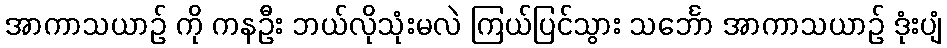
အာကာသယာဉ် ကို ကနဦး ဘယ်လိုသုံးမလဲ ကြယ်ပြင်သွား သင်္ဘော အာကာသယာဉ် ဒုံးပျံ